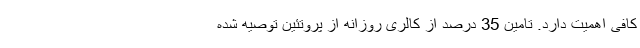
کافی اهمیت دارد. تامین 35 درصد از کالری روزانه از پروتئین توصیه شده